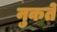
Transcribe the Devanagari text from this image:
नुकते